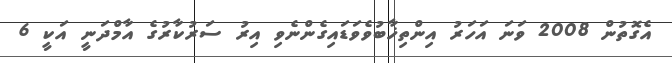
އެގޮތުން 2008 ވަނަ އަހަރު އިންތިޚާބުވެވަޑައިގެންނެވި އިރު ސަރުކާރުގެ އާމްދަނީ އަކީ 6